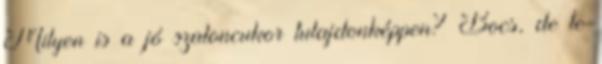
Milyen is a jó szaloncukor tulajdonképpen? Bocs, de te